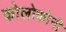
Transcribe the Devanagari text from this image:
कोलोफोनी